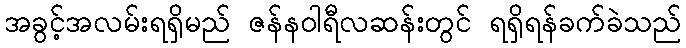
အခွင့်အလမ်းရရှိမည် ဇန်နဝါရီလဆန်းတွင် ရရှိရန်ခက်ခဲသည်